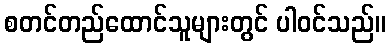
စတင်တည်ထောင်သူများတွင် ပါဝင်သည်။